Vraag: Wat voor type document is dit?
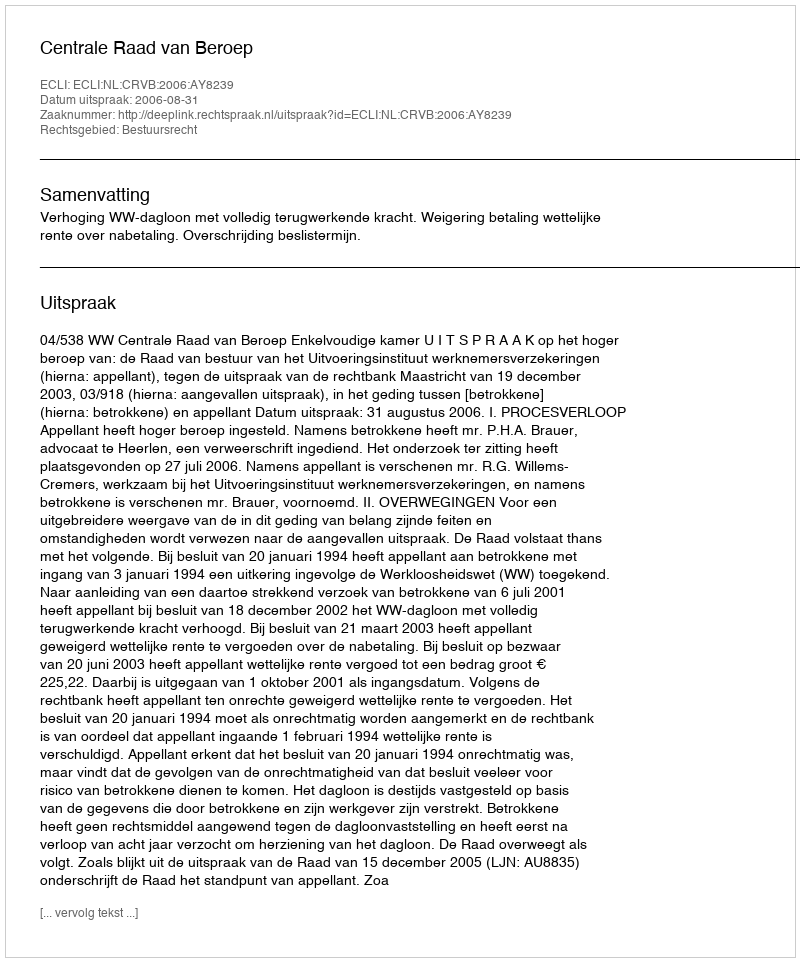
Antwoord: Uitspraak